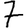
Digit: 7